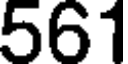
561